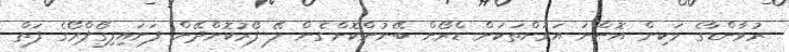
ރުވާންޑާގެ ވަކިން އޮންނަ އަވަށްތަކަށް ޑްރޯން ބޭނުންކޮށްގެން ލޭ ފޯރުކޮށްދޭން ފަށައިފިގޯޕްރޯގެ ފަތް